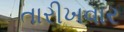
તારીખવાર